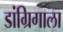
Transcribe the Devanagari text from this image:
डांग्रिगाला